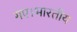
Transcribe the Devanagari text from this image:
गए।भारतीय